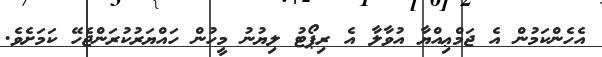
އެހެންކަމުން އެ ޖަމްޢިއްޔާ އުވާލާ އެ ރިޕޯޓު ލިޔުނު މީހުން ހައްޔަރުކުރަންޖެހޭ ކަމަށެވެ.